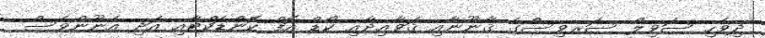
ދިވެހި ސަވިލް ސަރވިސްގެ ޤާނޫނާއި ޤަވާޢިދާއި ކޯޑް އޮފް ކޮންޑަކްޓާއި އަދި އެނޫންވެސް